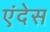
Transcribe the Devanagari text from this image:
एंदेस